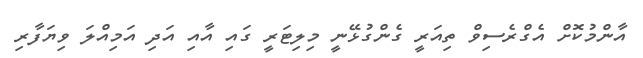
އާންމުކޮށް އެގްރެސިވް ތިއަރީ ގެންގުޅޭނީ މިލިޓަރީ ގައި އާއި އަދި އަމިއްލަ ވިޔަފާރި